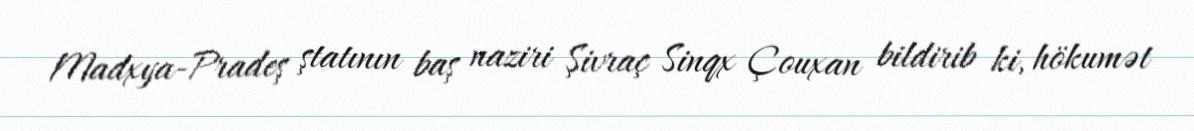
Madxya-Pradeş ştatının baş naziri Şivraç Sinqx Çouxan bildirib ki, hökumət